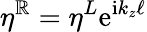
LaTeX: \eta^{\mathbb{R}}=\eta^{L}\mathrm{{e}}^{\mathrm{{i}}k_{z}\ell}